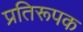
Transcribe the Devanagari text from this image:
प्रतिरूपक